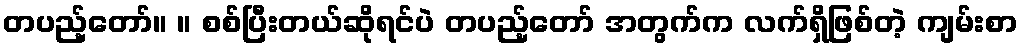
တပည့်တော်။ ။ စစ်ပြီးတယ်ဆိုရင်ပဲ တပည့်တော် အတွက်က လက်ရှိဖြစ်တဲ့ ကျမ်းစာ